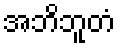
အဘိဘူတံ